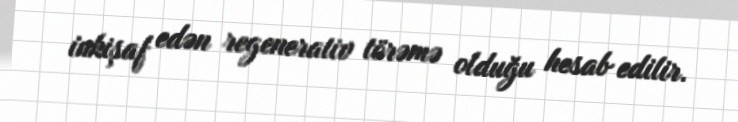
inkişaf edən regenerativ törəmə olduğu hesab edilir.